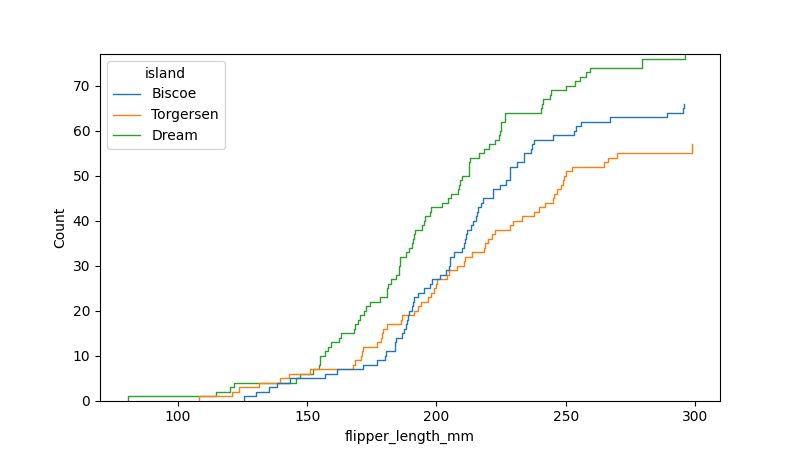
python, seaborn, ecdfplot, column='flipper_length_mm', hue='island', stat='count', linewidth=1.0